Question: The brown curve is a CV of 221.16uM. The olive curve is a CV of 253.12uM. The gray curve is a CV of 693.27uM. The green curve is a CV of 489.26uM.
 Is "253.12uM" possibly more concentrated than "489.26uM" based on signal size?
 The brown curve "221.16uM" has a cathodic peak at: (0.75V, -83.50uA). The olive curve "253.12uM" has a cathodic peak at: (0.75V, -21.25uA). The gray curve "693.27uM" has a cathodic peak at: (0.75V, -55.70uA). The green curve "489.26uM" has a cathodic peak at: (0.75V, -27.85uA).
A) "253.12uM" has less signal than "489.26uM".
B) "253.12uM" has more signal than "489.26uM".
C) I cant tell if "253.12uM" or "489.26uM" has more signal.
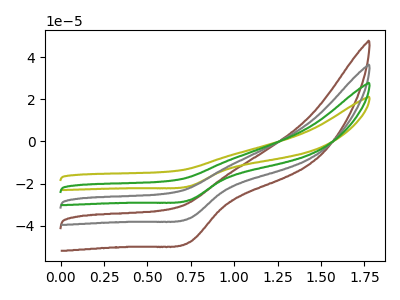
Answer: <think>All the peaks in "253.12uM" have a peak in "489.26uM" at the same potential. Every peak in "253.12uM" is lower than every peak in "489.26uM".
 </think>
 <answer>A) "253.12uM" has less signal than "489.26uM".</answer>
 <eval>A</eval>